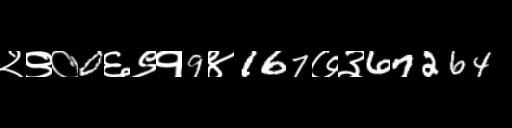
Text: २९०0६९१9४167७३67264